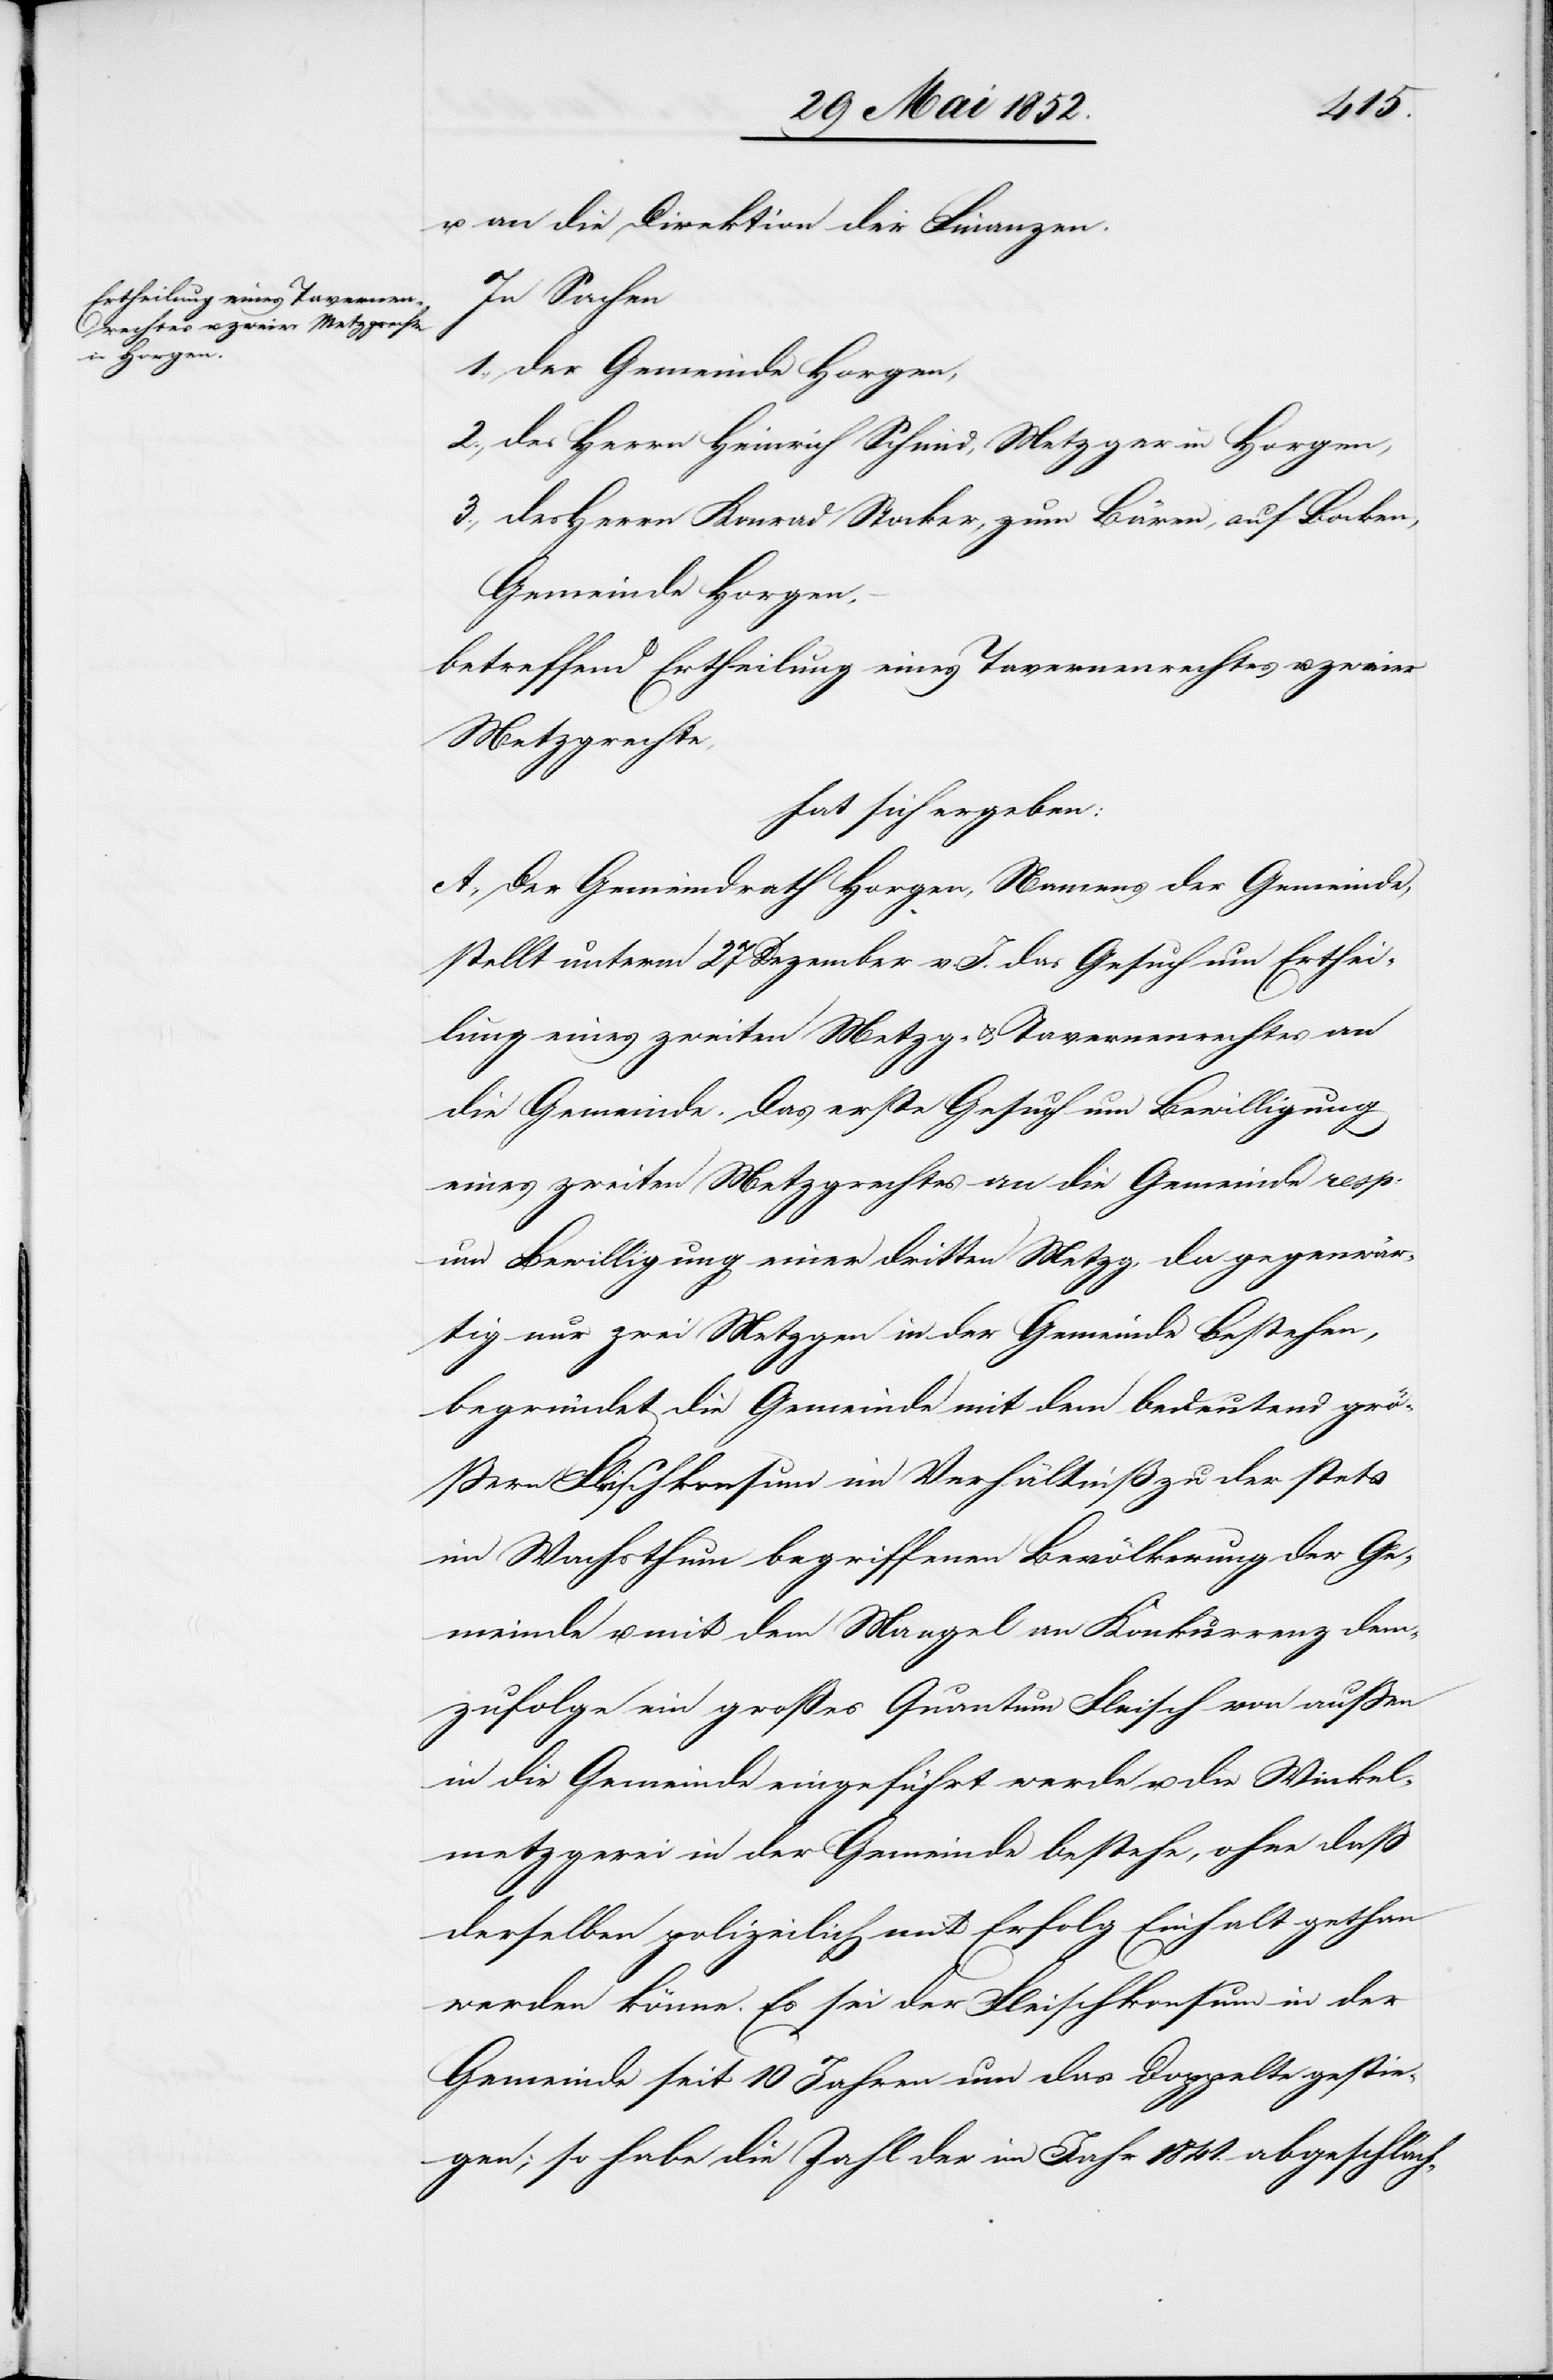
u. an die Direktion der Finanzen.
In Sachen
1., der Gemeinde Horgen,
2., des Herrn Heinrich Schmid, Metzger in Horgen,
3., des Herrn Konrad Stocker, zum Bären, auf Bocken,
Gemeinde Horgen,
betreffend Ertheilung eines Tavernenrechtes u. zweier
Metzgrechte,
hat sich ergeben:
A., Der Gemeindrath Horgen, Namens der Gemeinde,
stellt unterm 27 Dezember v. J. das Gesuch um Erthei¬
lung eines zweiten Metzg- & Tavernenrechtes an
die Gemeinde. Das erste Gesuch um Bewilligung
eines zweiten Metzgrechtes an die Gemeinde resp:
um Bewilligung einer dritten Metzg, da gegenwär¬
tig nur zwei Metzgen in der Gemeinde bestehen,
begründet die Gemeinde mit dem bedeutend grös¬
sern Fleischkonsum im Verhältniß zu der stets
im Wachsthum begriffenen Bevölkerung der Ge¬
meinde u. mit dem Mangel an Konkurrenz dem¬
zufolge ein großes Quantum Fleisch von aussen
in die Gemeinde eingeführt werde u. die Winkel¬
metzgerei in der Gemeinde bestehe, ohne daß
derselben polizeilich mit Erfolg Einhalt gethan
werden könne. Es sei der Fleischkonsum in der
Gemeinde seit 10 Jahren um das Doppelte gestie¬
gen; so habe die Zahl der im Jahr 1841. abgeschlach-